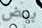
بعض